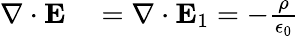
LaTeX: \begin{array}{rl}{\nabla\cdot\mathbf{E}}&{{}=\nabla\cdot\mathbf{E}_{1}=-\frac{\rho}{\epsilon_{0}}}\end{array}